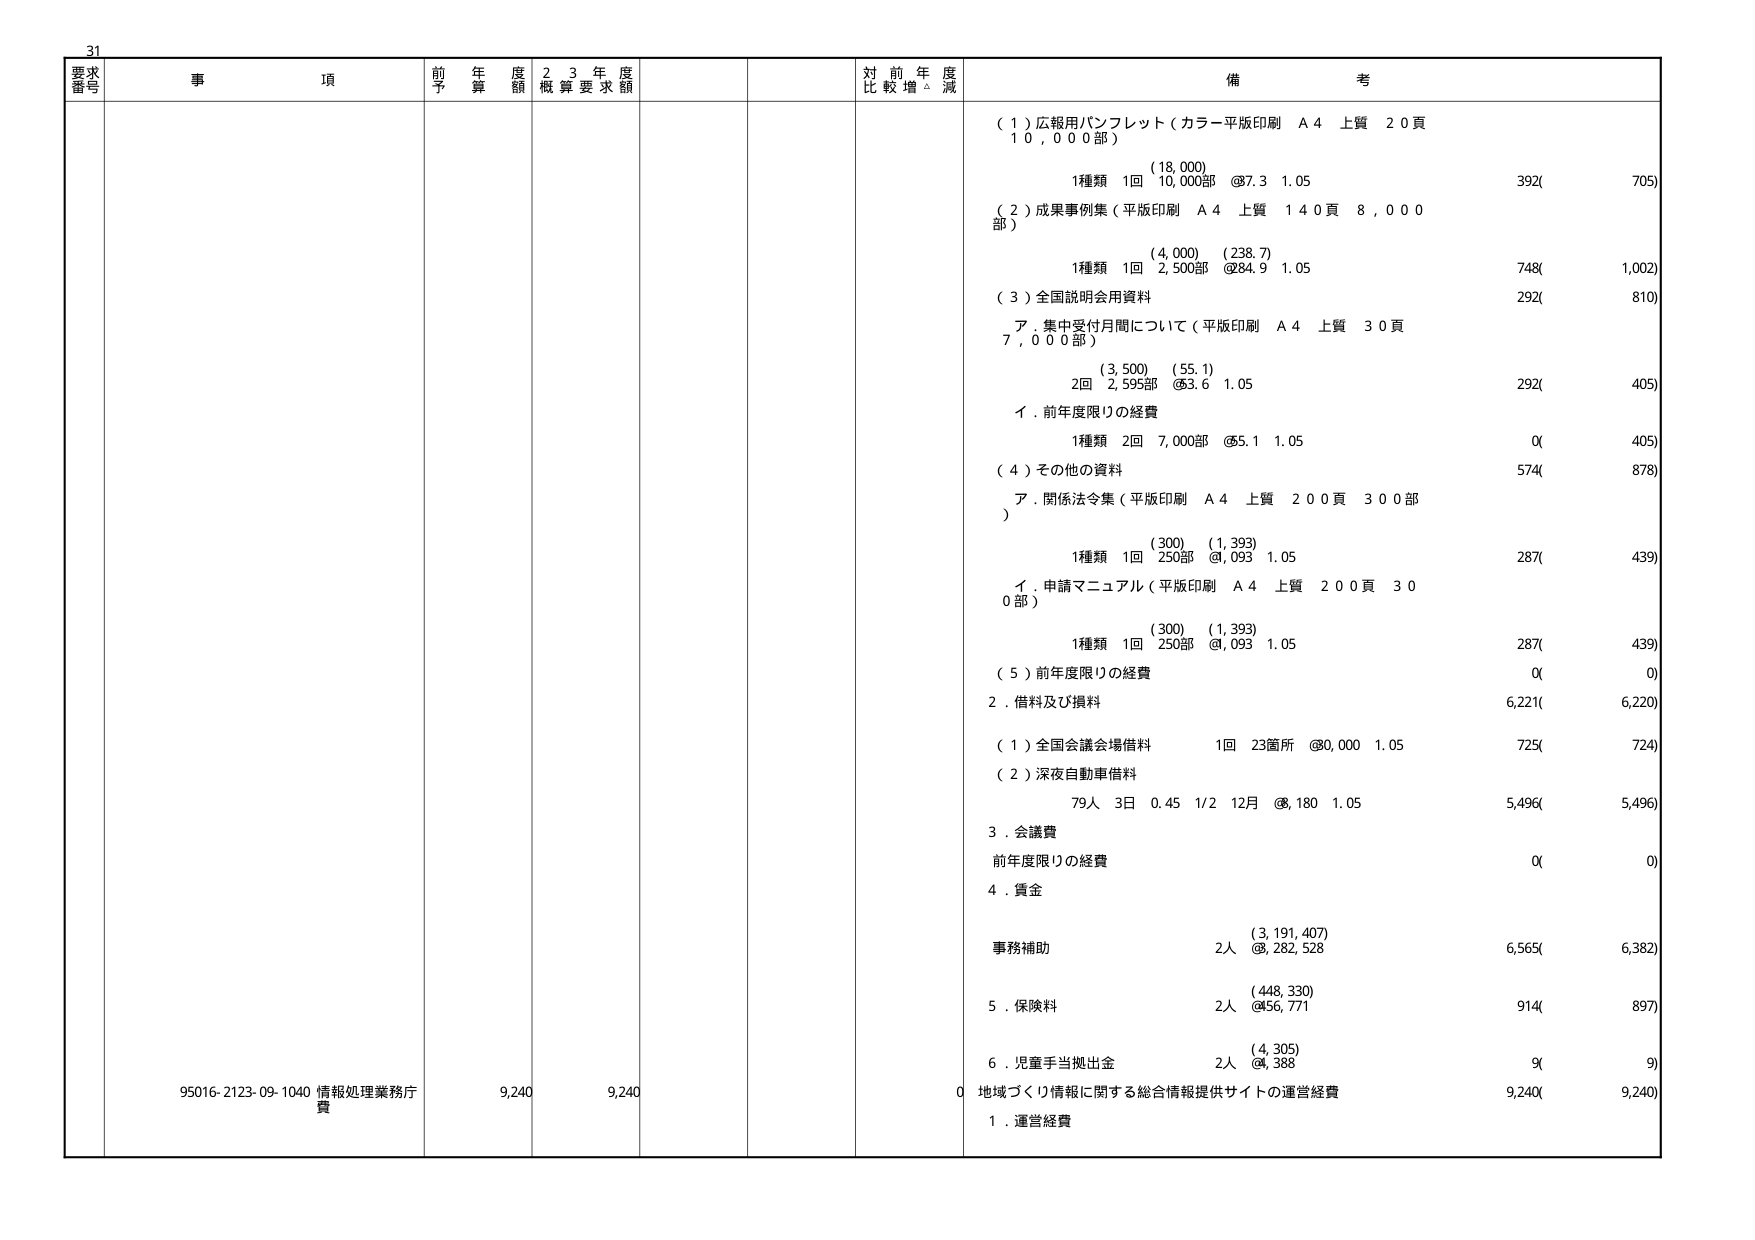
31
要求番号 事項 前年度予算額 23年度概算要求額 対前年度比較増減 備考
（1）広報用パンフレット（カラー平版印刷 A4 上質 20頁 10,000部）
（18,000）
1種類 1回 10,000部 @87.3 1.05 392( 705)
（2）成果事例集（平版印刷 A4 上質 140頁 8,000部）
（4,000）（238.7）
1種類 1回 2,500部 @84.9 1.05 748( 1,002)
（3）全国説明会用資料
ア．集中受付月間について（平版印刷 A4 上質 30頁 7,000部）
（3,500）（55.1）
2回 2,595部 @53.6 1.05 292( 405)
イ．前年度限りの経費
1種類 2回 7,000部 @55.1 1.05 0( 405)
（4）その他の資料
ア．関係法令集（平版印刷 A4 上質 200頁 300部）
（300）（1,393）
1種類 1回 250部 @1,093 1.05 287( 439)
イ．申請マニュアル（平版印刷 A4 上質 200頁 300部）
（300）（1,393）
1種類 1回 250部 @1,093 1.05 287( 439)
（5）前年度限りの経費 0( 0)
2．借料及び損料 6,221( 6,220)
（1）全国会議会場借料 1回 23箇所 @80,000 1.05 725( 724)
（2）深夜自動車借料 79人 3日 0.45 1/2 12月 @8,180 1.05 5,496( 5,496)
3．会議費 前年度限りの経費 0( 0)
4．賃金
事務補助 2人 （3,191,407）@8,282,528 6,565( 6,382)
5．保険料 2人 （448,330）@456,771 914( 897)
6．児童手当拠出金 2人 （4,305）@4,388 9( 9)
95016-2123-09-1040 情報処理業務庁費 9,240 9,240 0 地域づくり情報に関する総合情報提供サイトの運営経費 9,240( 9,240)
1．運営経費